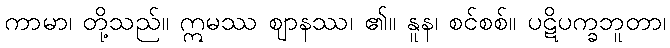
ကာမာ၊ တို့သည်။ ဣမဿ ဈာနဿ၊ ၏။ နူန၊ စင်စစ်။ ပဋိပက္ခဘူတာ၊